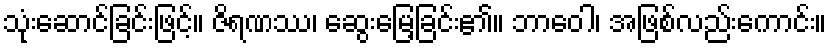
သုံးဆောင်ခြင်းဖြင့်။ ဇိရဏဿ၊ ဆွေးမြေ့ခြင်း၏။ ဘာဝေါ၊ အဖြစ်လည်းကောင်း။